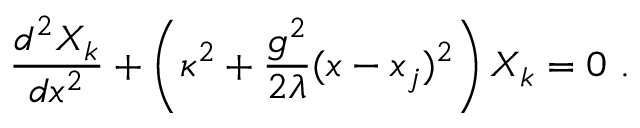
{ \frac { d ^ { 2 } X _ { k } } { d x ^ { 2 } } } + \left( \kappa ^ { 2 } + { \frac { g ^ { 2 } } { 2 \lambda } } ( x - x _ { j } ) ^ { 2 } \right) X _ { k } = 0 \ .